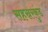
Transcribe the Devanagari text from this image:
सहस्ररकुंड